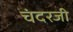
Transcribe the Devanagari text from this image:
चंदरजी